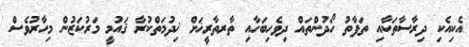
އެކިއެކި ދިރާސާތަކާއި ތަފާތު ހޯދުންތައް ދިވެހިބަހާއި ތާރތާރީޚަށް ޚިދުމަތްކުރާ ޤައުމީ މަރުކަޒުން މިހާރުވެސް